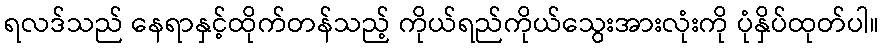
ရလဒ်သည် နေရာနှင့်ထိုက်တန်သည့် ကိုယ်ရည်ကိုယ်သွေးအားလုံးကို ပုံနှိပ်ထုတ်ပါ။